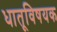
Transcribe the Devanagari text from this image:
धातूविषयक